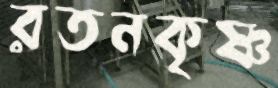
রতনকৃষ্ণ